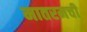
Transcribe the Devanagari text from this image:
मातरमची